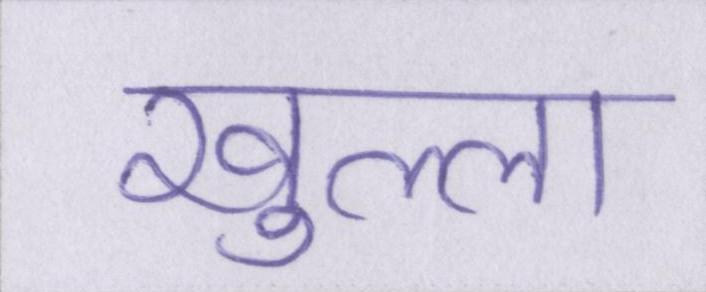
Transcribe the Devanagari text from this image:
खुल्ला